Civil Veterinary Department Bengal reports 1923-33 - 1923-1933
Year: 1923
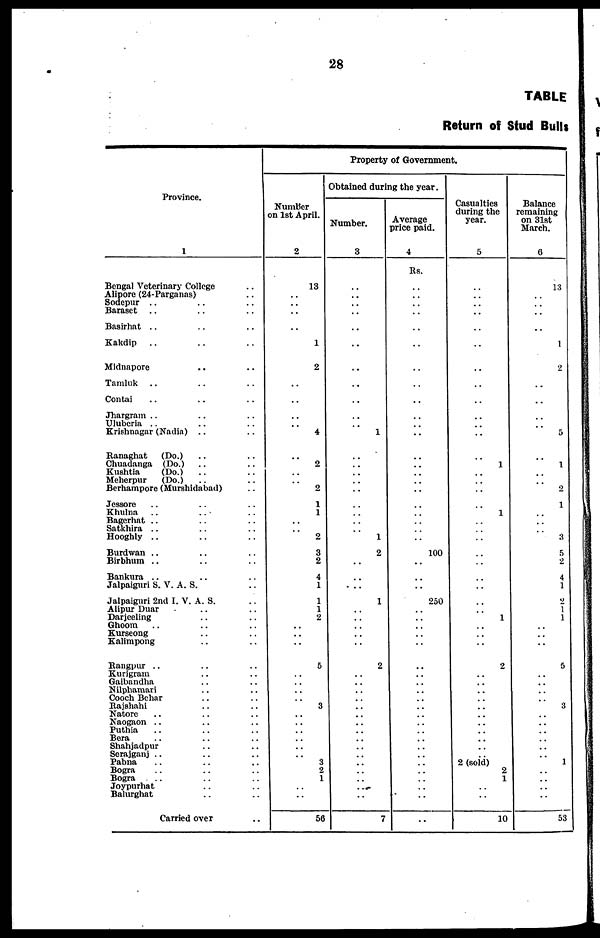
28
TABLE
Return of Stud Bulls
Province.
1
Bengal Veterinary College ..
Alipore (24-Parganas) ..
Sodepur .. .. ..
Baraset .. .. ..
Basirhat .. .. ..
Kakdip .. .. ..
Midnapore .. ..
Tamluk .. .. ..
Contai .. .. ..
Jhargram .. .. ..
Uluberia .. .. ..
Krishnagar (Nadia) .. ..
Ranaghat
(Do.) .. ..
Chuadanga (Do.) .. ..
Kushtia
(Do.) .. ..
Meherpur
(Do.) .. ..
Berhampore (Murshidabad) ..
Jessore .. .. ..
Khulna .. .. ..
Bagerhat .. .. ..
Satkhira .. .. ..
Hooghly .. .. ..
Burdwan .. .. ..
Birbhum .. .. ..
Bankura .. .. ..
Jalpaiguri S. V. A. S. ..
Jalpaiguri 2nd I. V. A. S. ..
Alipur Duar .. ..
Darjeeling .. ..
Ghoom .. .. ..
Kurseong .. ..
Kalimpong .. ..
Rangpur .. .. ..
Kurigram .. ..
Gaibandha .. ..
Nilphamari .. ..
Cooch Behar .. ..
Rajshahi .. ..
Natore .. .. ..
Naogaon .. .. ..
Puthia .. .. ..
Bera .. .. ..
Shahjadpur .. ..
Serajganj .. .. ..
Pabna .. .. ..
Bogra .. .. ..
Bogra .. .. ..
Joypurhat .. ..
Balurghat .. ..
Carried over ..
Property of Government.
Number
on 1st April.
2
13
..
..
..
..
1
2
..
..
..
..
4
..
2
..
..
2
1
1
..
..
2
3
2
4
1
1
1
2
..
..
..
5
..
..
..
..
3
..
..
..
..
..
..
3
2
1
..
..
56
Obtained during the year.
Number.
3
..
..
..
..
..
..
..
..
..
..
..
1
..
..
..
..
..
..
..
..
..
1
2
..
..
..
1
..
..
..
..
..
2
..
..
..
..
..
..
..
..
..
..
..
..
..
..
..
..
7
Average
price paid.
4
Rs.
..
..
..
..
..
..
..
..
..
..
..
..
..
..
..
..
..
..
..
..
..
..
100
..
..
..
250
..
..
..
..
..
..
..
..
..
..
..
..
..
..
..
..
..
..
..
..
..
..
..
Casualties
during the
year.
5
..
..
..
..
..
..
..
..
..
..
..
..
..
1
..
..
..
..
1
..
..
..
..
..
..
..
..
..
1
..
..
..
2
..
..
..
..
..
..
..
..
..
..
..
2 (sold)
2
1
..
..
10
Balance
remaining
on 31st
March.
6
13
..
..
..
..
1
2
..
..
..
..
5
1
2
1
3
5
2
4
1
2
1 1
5
3
1
53